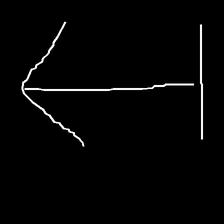
Glyph: levitation